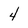
Character: 4